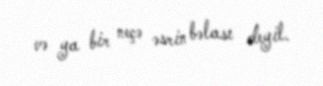
və ya bir neçə əsrin bəlası deyil.